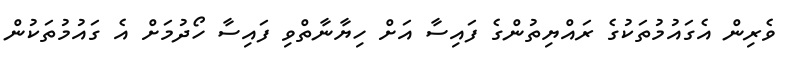
ވެރިން އެގައުމުތަކުގެ ރައްޔިތުންގެ ފައިސާ އަށް ހިޔާނާތްވި ފައިސާ ހޯދުމަށް އެ ގައުމުތަކުން